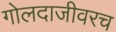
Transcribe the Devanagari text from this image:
गोलदाजीवरच